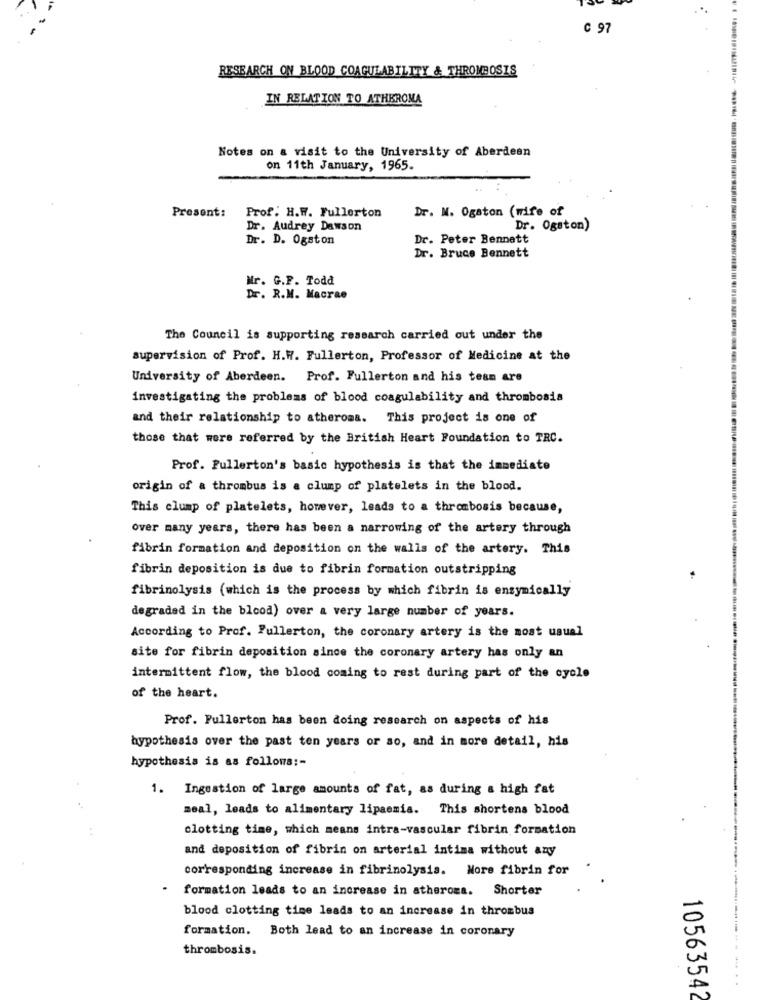
C 97
RESEARCH ON BLOOD COAGULABILITY & THROMBOSIS
IN RELATION TO ATHEROMA
Notes on a visit to the University of Aberdeen
on 11th January, 1965.
Dr. N. Ogaston (wife of
Present:
Prof: H.W. Fullerton
Dr. Audrey Dawson
Dr. Ogston)
Dr. D. Ogston
Dr. Peter Bennett
Dr. Bruce Bennett
Mr. G.F. Todd
Dr. R.M. Macrae
The Council is supporting research carried out under the
supervision of Prof. H.W. Fullerton, Professor of Medicine at the
University of Aberdeen. Prof. Fullerton and his team are
investigating the problems of blood coagulability and thrombosis
and their relationship to atheroma. This project is one of
those that were referred by the British Heart Foundation to TRC.
Prof. Fullerton's basic hypothesis is that the immediate
origin of a thrombus is a clump of platelets in the blood.
This clump of platelets, however, leads to a thrombosis because,
over many years, there has been a narrowing of the artery through
fibrin formation and deposition on the walls of the artery. This
fibrin deposition is due to fibrin formation outstripping
fibrinolysis (which is the process by which fibrin is enzymically
degraded in the blood) over a very large number of years.
According to Prof. Fullerton, the coronary artery is the most usual
site for fibrin deposition since the coronary artery has only an
intermittent flow, the blood coming to rest during part of the cycle
of the heart.
Prof. Fullerton has been doing research on aspects of his
hypothesis over the past ten years or so, and in more detail, his
hypothesis is as follows :-
1. Ingestion of large amounts of fat, as during a high fat
meal, leads to alimentary lipaemia. This shortens blood
clotting time, which means intra-vascular fibrin formation
and deposition of fibrin on arterial intima without any
corresponding increase in fibrinolysis. Nore fibrin for
formation leads to an increase in atheroma. Shorter
blood clotting time leads to an increase in thrombus
formation. Both lead to an increase in coronary
thrombosis.
----.....
10563542